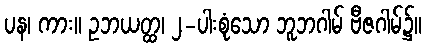
ပန၊ ကား။ ဥဘယတ္ထ၊ ၂-ပါးစုံသော ဘူဘဂါမ် ဗီဇဂါမ်၌။